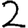
Digit: 2